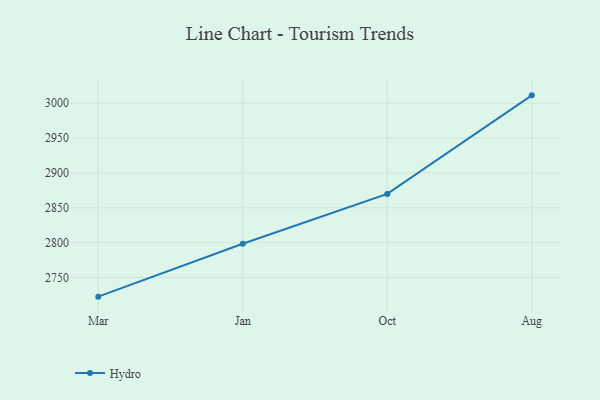
{"axis": {"x": "Month", "y": "Satisfaction Score"}, "legend": ["Hydro"], "data": [{"x": "Mar", "y": 2722.4, "type": "Hydro"}, {"x": "Jan", "y": 2798.4, "type": "Hydro"}, {"x": "Oct", "y": 2869.9, "type": "Hydro"}, {"x": "Aug", "y": 3011.4, "type": "Hydro"}]}